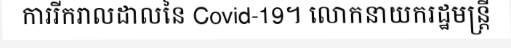
ការរីករាលដាលនៃ Covid-19។ លោកនាយករដ្ឋមន្ត្រី